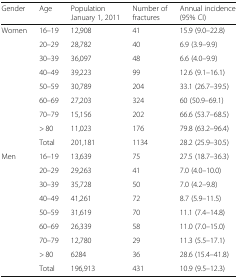
<table><thead><tr><td><b>Gender</b></td><td><b>Age</b></td><td><b>Population January 1, 2011</b></td><td><b>Number of fractures</b></td><td><b>Annual incidence (95% CI)</b></td></tr></thead><tbody><tr><td rowspan="9">Women</td><td>16–19</td><td>12,908</td><td>41</td><td>15.9 (9.0–22.8)</td></tr><tr><td>20–29</td><td>28,782</td><td>40</td><td>6.9 (3.9–9.9)</td></tr><tr><td>30–39</td><td>36,097</td><td>48</td><td>6.6 (4.0–9.9)</td></tr><tr><td>40–49</td><td>39,223</td><td>99</td><td>12.6 (9.1–16.1)</td></tr><tr><td>50–59</td><td>30,789</td><td>204</td><td>33.1 (26.7–39.5)</td></tr><tr><td>60–69</td><td>27,203</td><td>324</td><td>60 (50.9–69.1)</td></tr><tr><td>70–79</td><td>15,156</td><td>202</td><td>66.6 (53.7–68.5)</td></tr><tr><td>&gt; 80</td><td>11,023</td><td>176</td><td>79.8 (63.2–96.4)</td></tr><tr><td>Total</td><td>201,181</td><td>1134</td><td>28.2 (25.9–30.5)</td></tr><tr><td rowspan="9">Men</td><td>16–19</td><td>13,639</td><td>75</td><td>27.5 (18.7–36.3)</td></tr><tr><td>20–29</td><td>29,263</td><td>41</td><td>7.0 (4.0–10.0)</td></tr><tr><td>30–39</td><td>35,728</td><td>50</td><td>7.0 (4.2–9.8)</td></tr><tr><td>40–49</td><td>41,261</td><td>72</td><td>8.7 (5.9–11.5)</td></tr><tr><td>50–59</td><td>31,619</td><td>70</td><td>11.1 (7.4–14.8)</td></tr><tr><td>60–69</td><td>26,339</td><td>58</td><td>11.0 (7.0–15.0)</td></tr><tr><td>70–79</td><td>12,780</td><td>29</td><td>11.3 (5.5–17.1)</td></tr><tr><td>&gt; 80</td><td>6284</td><td>36</td><td>28.6 (15.4–41.8)</td></tr><tr><td>Total</td><td>196,913</td><td>431</td><td>10.9 (9.5–12.3)</td></tr></tbody></table>